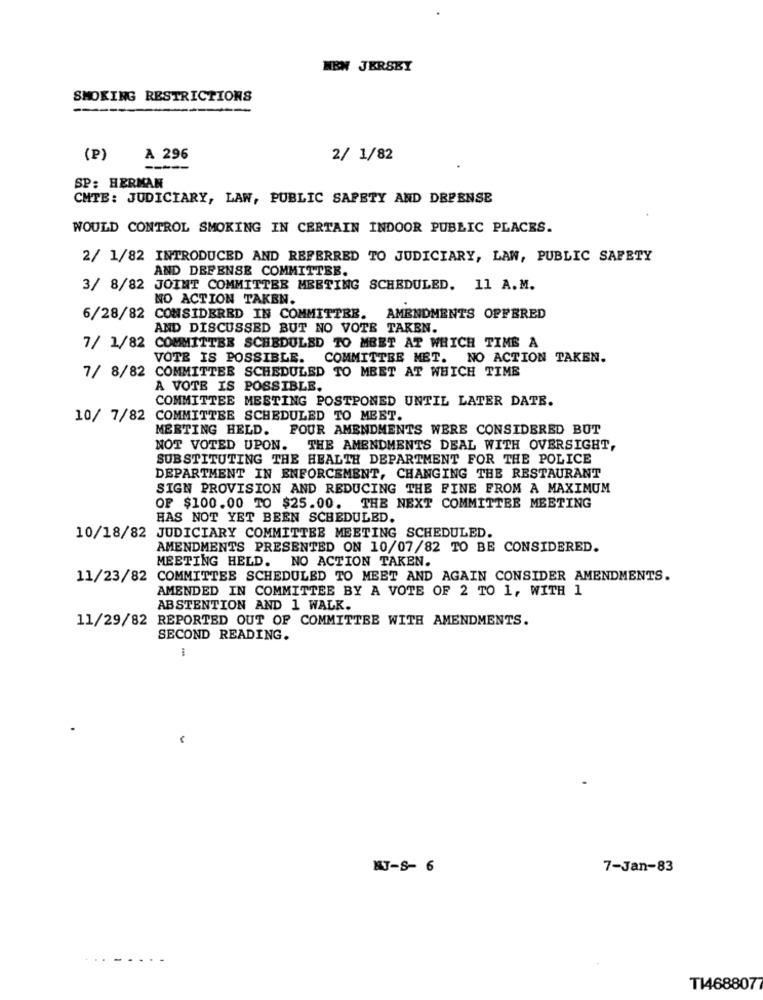
NEW JERSEY
SMOKING RESTRICTIONS
(P)
A 296
2/ 1/82
-----
SP: HERMAN
CMTE: JUDICIARY, LAW, PUBLIC SAFETY AND DEFENSE
WOULD CONTROL SMOKING IN CERTAIN INDOOR PUBLIC PLACES.
2/ 1/82 INTRODUCED AND REFERRED TO JUDICIARY, LAW, PUBLIC SAFETY
AND DEFENSE COMMITTEE.
3/ 8/82 JOINT COMMITTEE MEETING SCHEDULED. 11 A.M.
NO ACTION TAKEN.
6/28/82
CONSIDERED IN COMMITTEE. AMENDMENTS OFFERED
AND DISCUSSED BUT NO VOTE TAKEN.
7/ 1/82 COMMITTEE SCHEDULED TO MEET AT WHICH TIME A
VOTE IS POSSIBLE.
COMMITTEE MET. NO ACTION TAKEN.
7/ 8/82 COMMITTEE SCHEDULED TO MEET AT WHICH TIME
A VOTE IS POSSIBLE.
COMMITTEE MEETING POSTPONED UNTIL LATER DATE.
10/ 7/82
COMMITTEE SCHEDULED TO MEET.
MEETING HELD. FOUR AMENDMENTS WERE CONSIDERED BUT
NOT VOTED UPON. THE AMENDMENTS DEAL WITH OVERSIGHT,
SUBSTITUTING THE HEALTH DEPARTMENT FOR THE POLICE
DEPARTMENT IN ENFORCEMENT, CHANGING THE RESTAURANT
SIGN PROVISION AND REDUCING THE FINE FROM A MAXIMUM
OF $100.00 TO $25.00. THE NEXT COMMITTEE MEETING
HAS NOT YET BEEN SCHEDULED.
10/18/82 JUDICIARY COMMITTEE MEETING SCHEDULED.
AMENDMENTS PRESENTED ON 10/07/82 TO BE CONSIDERED.
MEETING HELD. NO ACTION TAKEN.
11/23/82 COMMITTEE SCHEDULED TO MEET AND AGAIN CONSIDER AMENDMENTS.
AMENDED IN COMMITTEE BY A VOTE OF 2 TO 1, WITH 1
ABSTENTION AND 1 WALK.
11/29/82 REPORTED OUT OF COMMITTEE WITH AMENDMENTS.
SECOND READING.
NJ-S- 6
7-Jan-83
TI4688077